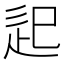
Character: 𨑔